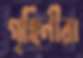
গৃহিনীরা